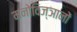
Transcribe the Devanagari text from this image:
मनोविज्ञानों